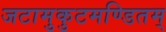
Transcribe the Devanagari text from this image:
जटामुकुटमण्डितम्‌